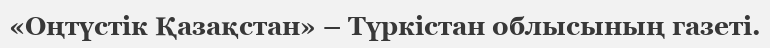
«Оңтүстік Қазақстан» – Түркістан облысының газеті.